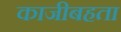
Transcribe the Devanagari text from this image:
काजीबहता